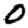
Digit: 0